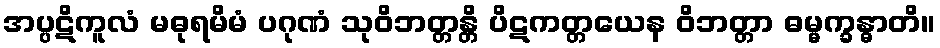
အပ္ပဋိကူလံ မဓုရမိမံ ပဂုဏံ သုဝိဘတ္တန္တိ ပိဋကတ္တယေန ဝိဘတ္တာ ဓမ္မက္ခန္ဓာတိ။